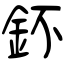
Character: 鈈